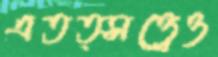
এতত্সত্ত্বেও